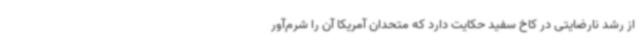
از رشد نارضایتی در کاخ سفید حکایت دارد که متحدان آمریکا آن را شرم‌آور